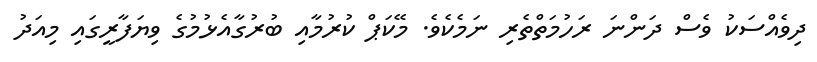
ދިވެއްސަކު ވެސް ދަންނަ ރަހުމަތްތެރި ނަމެކެވެ. މޭކަޕް ކުރުމާއި ބުރުގާއެޅުމުގެ ވިޔަފާރީގައި މިއަދު